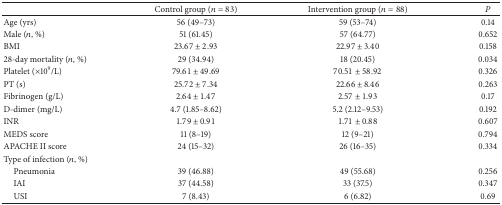
<table><thead><tr><td><b> </b></td><td><b>Control group (<i>n</i> = 83)</b></td><td><b>Intervention group (<i>n</i> = 88)</b></td><td><b><i>P</i></b></td></tr></thead><tbody><tr><td>Age (yrs)</td><td>56 (49–73) </td><td>59 (53–74) </td><td>0.14</td></tr><tr><td>Male (<i>n</i>, %)</td><td>51 (61.45) </td><td>57 (64.77) </td><td>0.652</td></tr><tr><td>BMI</td><td>23.67 ± 2.93</td><td>22.97 ± 3.40</td><td>0.158 </td></tr><tr><td>28-day mortality (<i>n</i>, %)</td><td>29 (34.94) </td><td>18 (20.45) </td><td>0.034 </td></tr><tr><td>Platelet (×10<sup>9</sup>/L)</td><td>79.61 ± 49.69</td><td>70.51 ± 58.92</td><td>0.326 </td></tr><tr><td>PT (s)</td><td>25.72 ± 7.34</td><td>22.66 ± 8.46</td><td>0.263 </td></tr><tr><td>Fibrinogen (g/L)</td><td>2.64 ± 1.47</td><td>2.57 ± 1.93</td><td>0.17</td></tr><tr><td>D-dimer (mg/L)</td><td>4.7 (1.85–8.62)</td><td>5.2 (2.12–9.53)</td><td>0.192</td></tr><tr><td>INR</td><td>1.79 ± 0.91</td><td>1.71 ± 0.88</td><td>0.607</td></tr><tr><td>MEDS score</td><td>11 (8–19)</td><td>12 (9–21)</td><td>0.794</td></tr><tr><td>APACHE II score</td><td>24 (15–32)</td><td>26 (16–35)</td><td>0.334</td></tr><tr><td>Type of infection (<i>n</i>, %)</td><td> </td><td> </td><td> </td></tr><tr><td> Pneumonia </td><td>39 (46.88)</td><td>49 (55.68)</td><td>0.256</td></tr><tr><td> IAI</td><td>37 (44.58)</td><td>33 (37.5)</td><td>0.347</td></tr><tr><td> USI</td><td>7 (8.43)</td><td>6 (6.82)</td><td>0.69</td></tr></tbody></table>